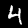
Label: 4